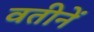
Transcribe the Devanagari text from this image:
वतीनें